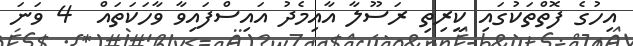
އިހުގެ ފޮތްތަކުގައި ކީރިތި ރަސޫލާ އާއިމެދު އައިސްފައިވާ ވާހަކަތައް  4 ވަނަ